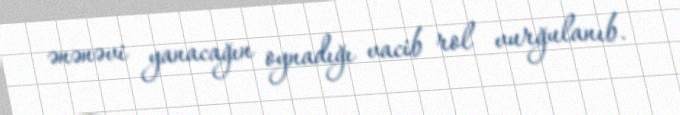
ənənəvi yanacağın oynadığı vacib rol vurğulanıb.